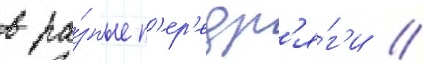
в ра́зные п'ер'едр'я́г'и //